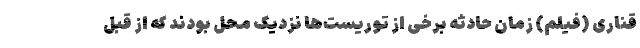
قناری (فیلم) زمان حادثه برخی از توریست‌ها نزدیک محل بودند که از قبل